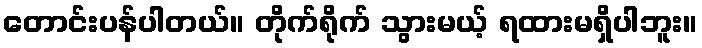
တောင်းပန်ပါတယ်။ တိုက်ရိုက် သွားမယ့် ရထားမရှိပါဘူး။